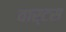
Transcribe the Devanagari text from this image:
वार्टस